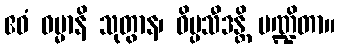
ဧဝံ ဓမ္မာနိ သုတွာန၊ ဝိပ္ပသီဒန္တိ ပဏ္ဍိတာ။